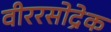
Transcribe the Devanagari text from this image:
वीररसोद्रेक